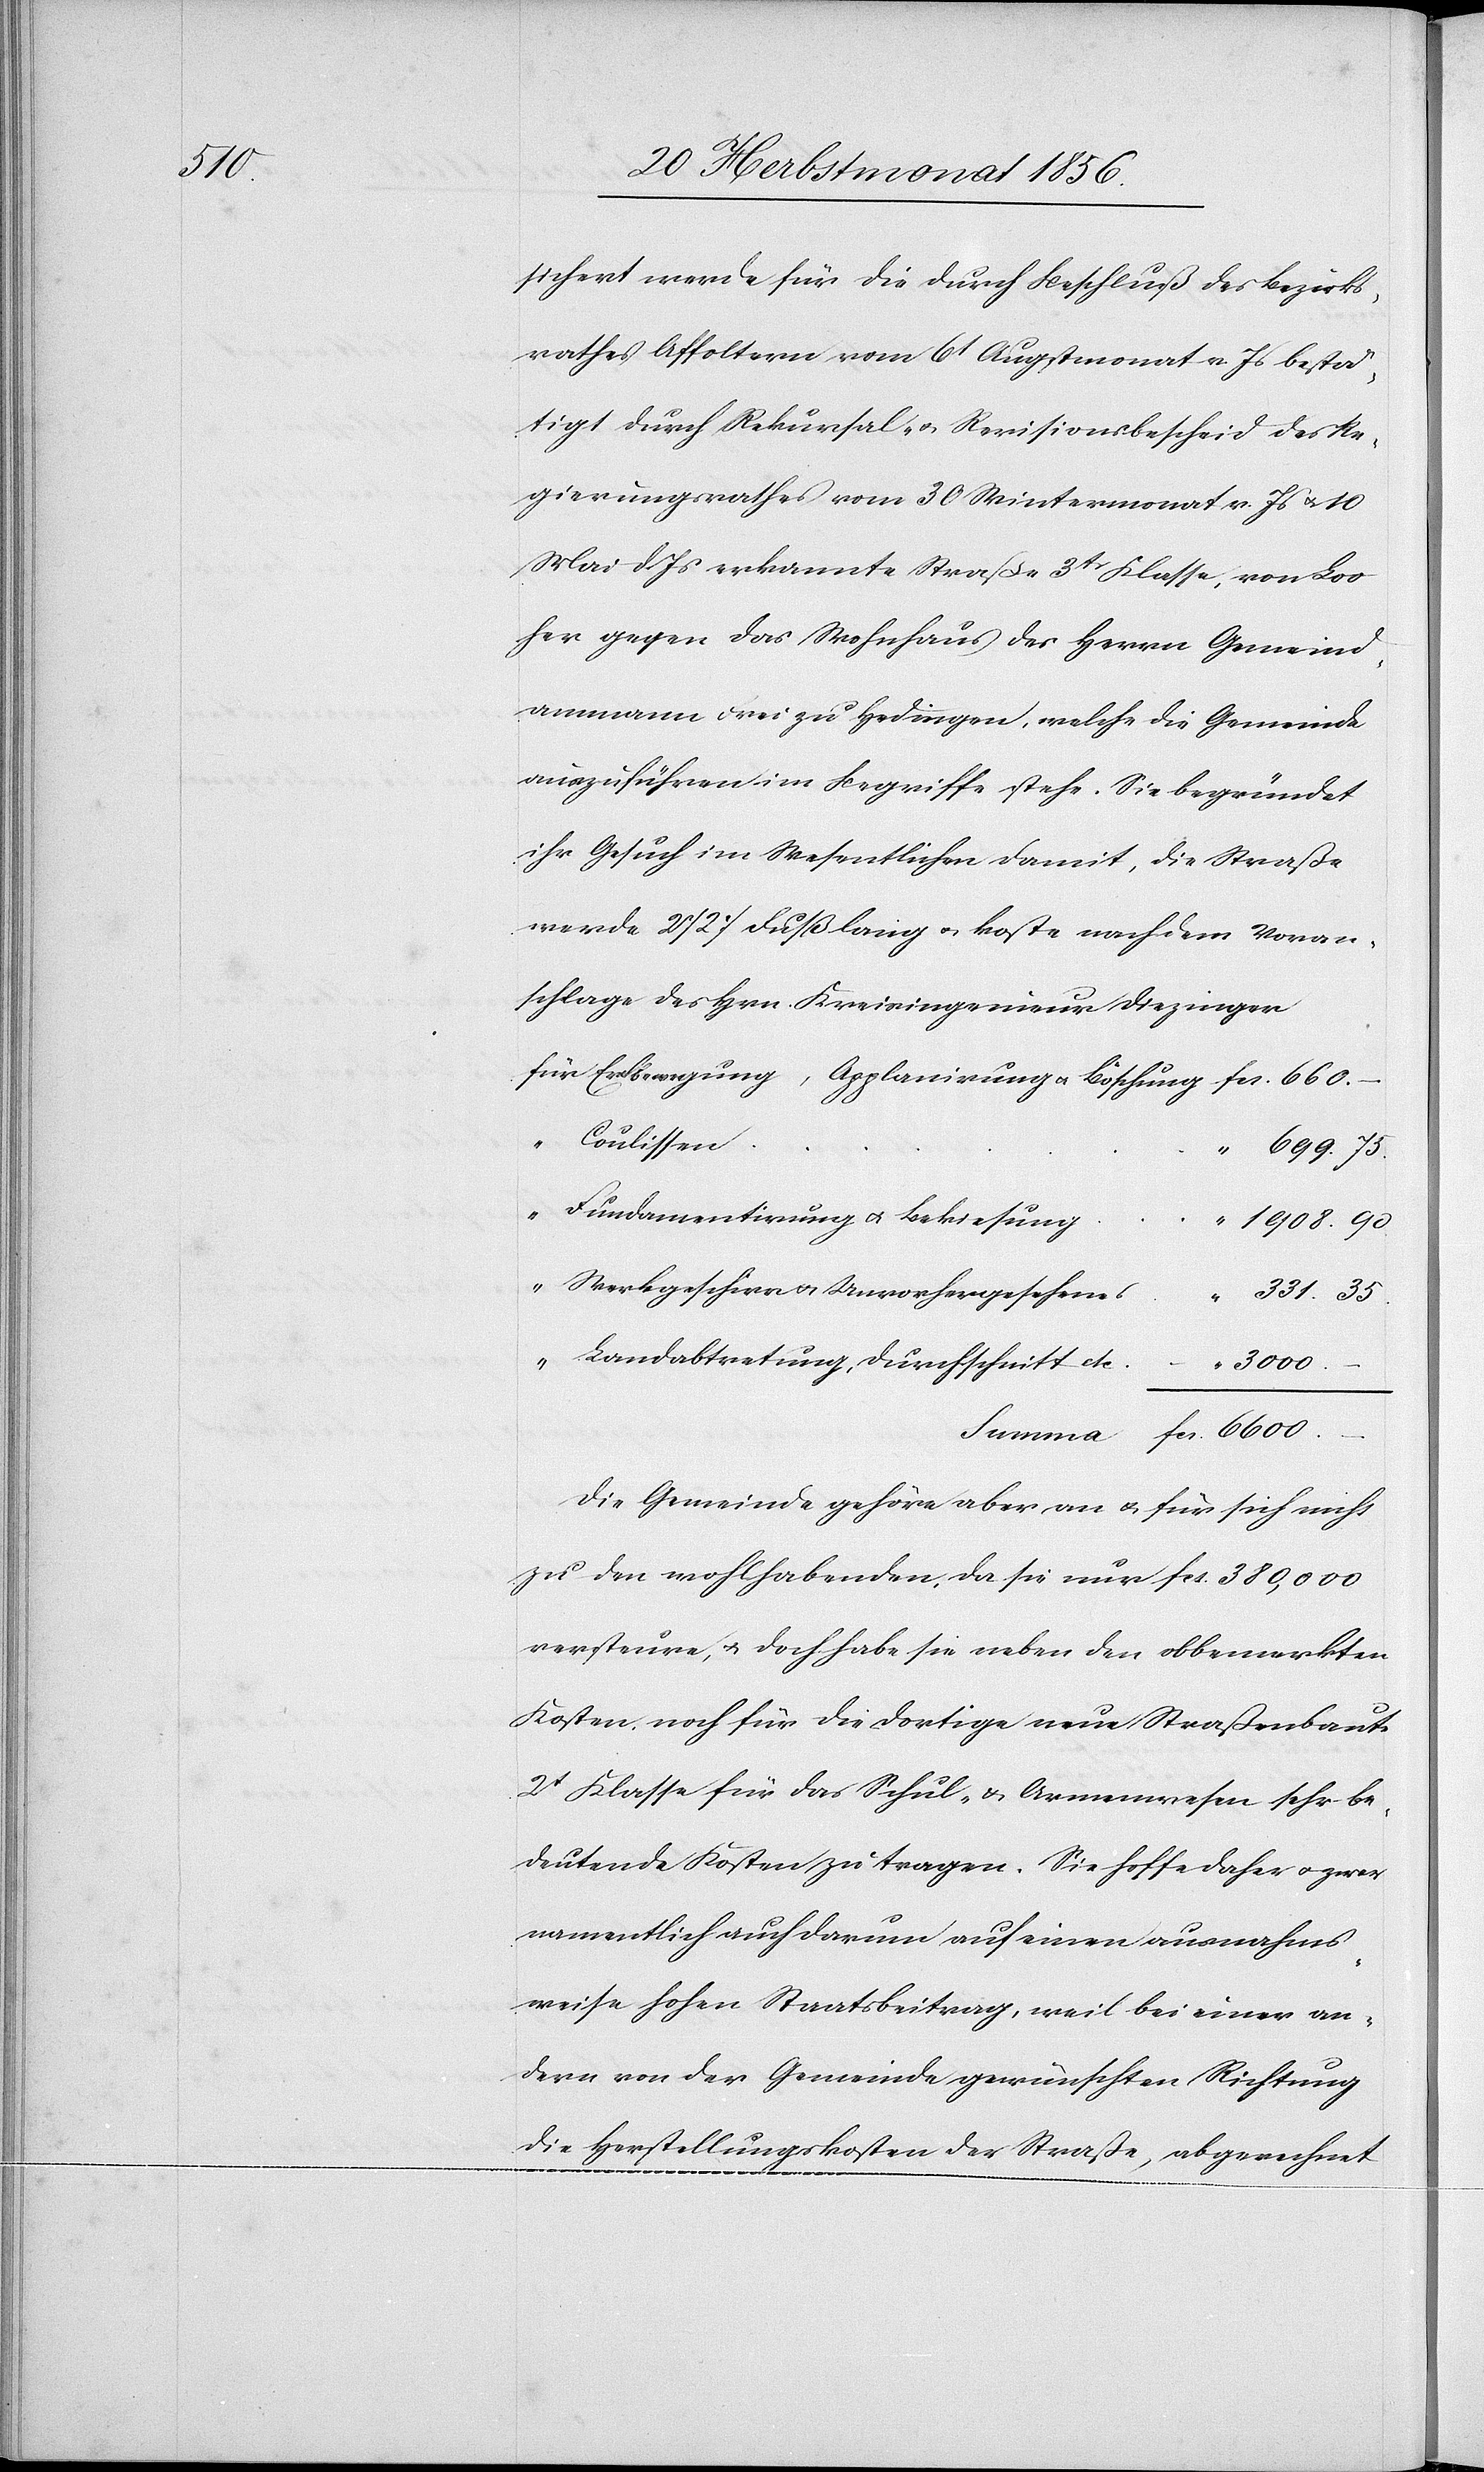
3000.

sichert werde für die durch Beschluß des Bezirks¬
rathes Affoltern vom 6t Augstmonat v. Js bestä¬
tigt[,] durch Rekursal- u. Revisionsbescheid des Re¬
gierungsrathes vom 30 Wintermonat v. Js u. 10
Mai d. Js erkannte Straße 3tr Klasse, von Loo
her gegen das Wohnhaus des Herrn Gemeind¬
ammann Frei zu Hedingen, welche die Gemeinde
auszuführen im Begriffe stehe. Sie begründet
ihr Gesuch im Wesentlichen damit, die Straße
werde 2727 Fuß lang u. koste nach dem Voran¬
schlage des Hrn. Kreisingenieur Diezinger
Coulissen
699.
“
Fundamentirung u. Bekiesung
Werkgeschirr u. Unvorhergesehenes
Landabtretung, Durchschnitt etc.
fcs.
Die Gemeinde gehöre aber an u. für sich nicht
zu den wohlhabenden, da sie nur fcs. 380,000
versteure, u. doch habe sie neben den obbemerkten
Kosten, noch für die dortige neue Straßenbaute
2t Klasse[,] für das Schul- & Armenwesen sehr be¬
deutende Kosten zu tragen. Sie hoffe daher u. zwar
namentlich auch darum auf einen ausnahms¬
weise hohen Staatsbeitrag, weil bei einer an¬
dern von der Gemeinde gewünschten Richtung
die Herstellungskosten der Straße, abgerechnet
Erdbewegung, Applanirung